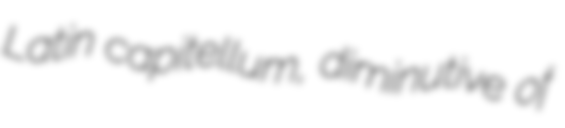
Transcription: Latin capitellum, diminutive of